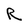
Character: R